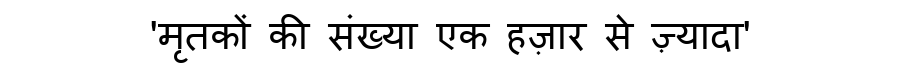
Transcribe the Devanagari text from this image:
'मृतकों की संख्या एक हज़ार से ज़्यादा'